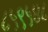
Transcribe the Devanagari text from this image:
८५९५४८